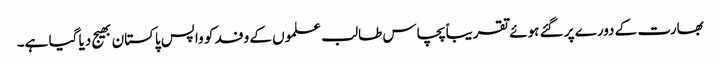
بھارت کے دورے پر گئے ہوئے تقریباً پچاس طالب علموں کے وفد کو واپس پاکستان بھیج دیا گیا ہے۔